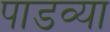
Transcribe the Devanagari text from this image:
पाडव्या